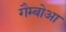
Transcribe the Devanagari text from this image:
गैम्बोआ